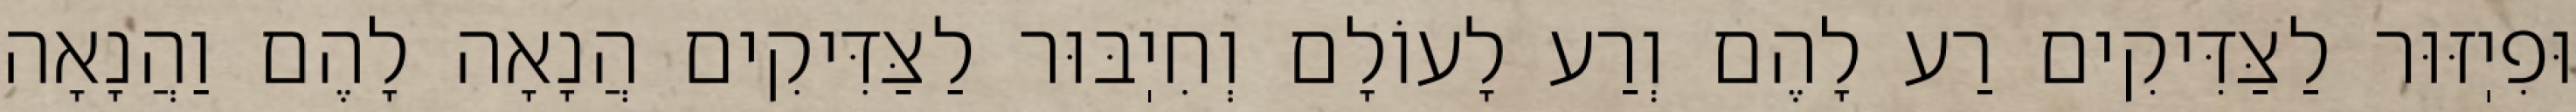
וּפִיֽזּוּר לַצַּדִּיקִים רַע לָהֶם וְרַע לָעוֹלָם וְחִיֽבּוּר לַצַּדִּיקִים הֲנָאָה לָהֶם וַהֲנָאָה